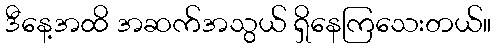
ဒီနေ့အထိ အဆက်အသွယ် ရှိနေကြသေးတယ်။